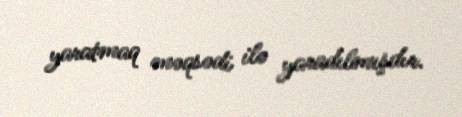
yaratmaq məqsədi ilə yaradılmışdır.